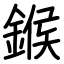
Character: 鍭